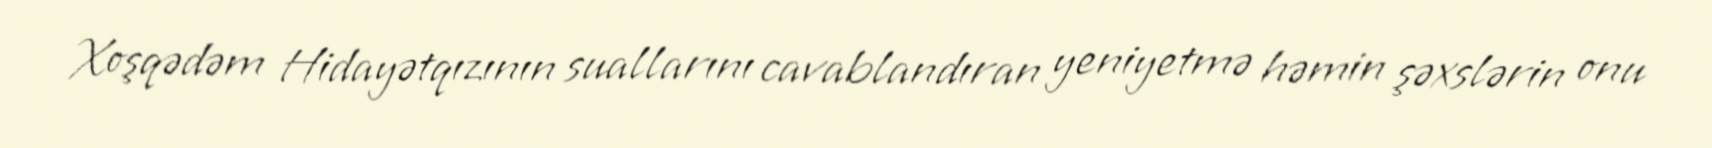
Xoşqədəm Hidayətqızının suallarını cavablandıran yeniyetmə həmin şəxslərin onu